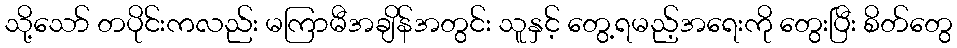
သို့သော် တပိုင်းကလည်း မကြာမီအချိန်အတွင်း သူနှင့် တွေ့ရမည့်အရေးကို တွေးပြီး စိတ်တွေ